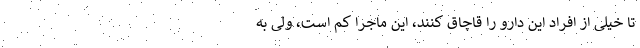
تا خیلی از افراد این دارو را قاچاق کنند، این ماجرا کم است، ولی به